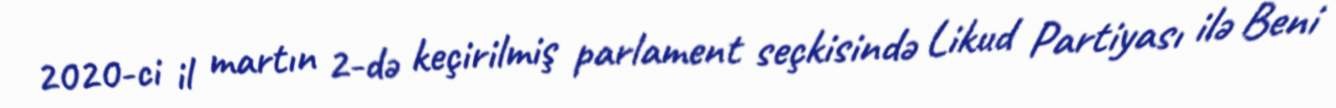
2020-ci il martın 2-də keçirilmiş parlament seçkisində Likud Partiyası ilə Beni